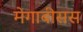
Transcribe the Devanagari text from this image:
मेगाबीसस